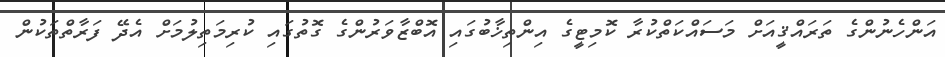
އަންހެނުންގެ ތަރައްޤީއަށް މަސައްކަތްކުރާ ކޮމިޓީގެ އިންތިޚާބުގައި އޮބްޒާވަރުންގެ ގޮތުގައި ކުރިމަތިލުމަށް އެދޭ ފަރާތްތަކުން